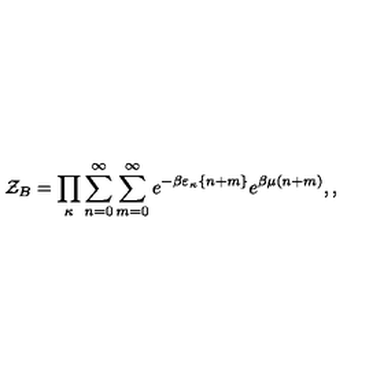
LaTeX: { \cal Z } _ { B } = \prod _ { \kappa } \sum _ { n = 0 } ^ { \infty } \sum _ { m = 0 } ^ { \infty } e ^ { - \beta \varepsilon _ { \kappa } \{ n + m \} } e ^ { \beta \mu ( n + m ) } , ,